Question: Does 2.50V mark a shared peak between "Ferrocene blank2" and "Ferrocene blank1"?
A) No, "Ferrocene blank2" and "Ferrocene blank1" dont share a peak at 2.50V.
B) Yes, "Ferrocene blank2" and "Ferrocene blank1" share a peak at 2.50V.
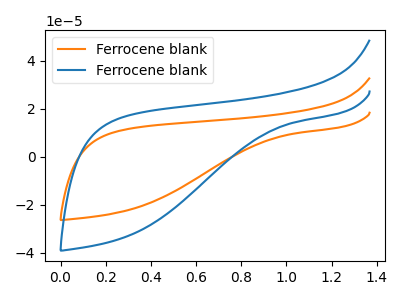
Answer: <think>The orange curve "Ferrocene blank1" has no peaks. The blue curve "Ferrocene blank2" has no peaks.</think>
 <answer>A) No, "Ferrocene blank2" and "Ferrocene blank1" dont share a peak at 2.50V.</answer>
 <eval>A</eval>